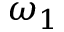
\omega _ { 1 }